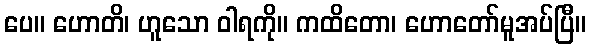
ပေ။ ဟောတိ၊ ဟူသော ဝါရကို။ ကထိတော၊ ဟောတော်မူအပ်ပြီ။